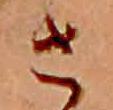
さ